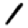
Digit: 1